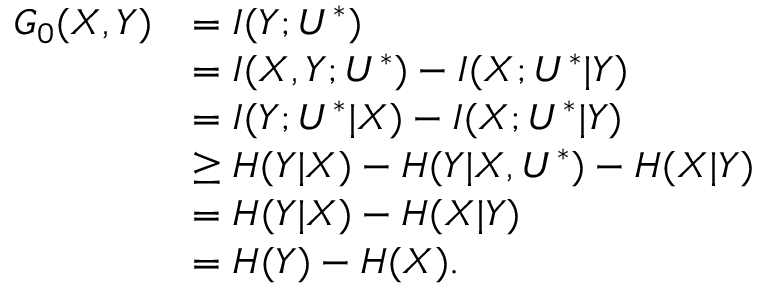
\begin{array} { r l } { G _ { 0 } ( X , Y ) } & { = I ( Y ; U ^ { * } ) } \\ & { = I ( X , Y ; U ^ { * } ) - I ( X ; U ^ { * } | Y ) } \\ & { = I ( Y ; U ^ { * } | X ) - I ( X ; U ^ { * } | Y ) } \\ & { \geq H ( Y | X ) - H ( Y | X , U ^ { * } ) - H ( X | Y ) } \\ & { = H ( Y | X ) - H ( X | Y ) } \\ & { = H ( Y ) - H ( X ) . } \end{array}